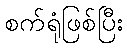
စက်ရုံဖြစ်ပြီး